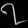
Digit: ၇